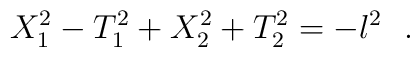
X^2_1-T^2_1+X^2_2+T^2_2=-l^2~~.